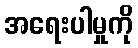
အရေးပါမှုကို